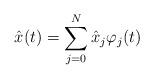
LaTeX: \begin{align*}\hat{x}(t)=\sum\limits_{j=0}^{N}{{{{\hat{x}}}_{j}}{{\varphi}_{j}}(t)}\end{align*}